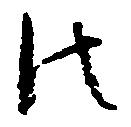
法